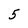
Character: 5